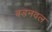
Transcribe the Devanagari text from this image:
बडनवल